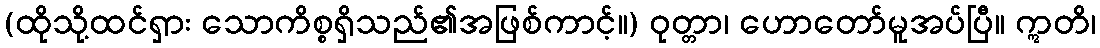
(ထိုသို့ထင်ရှား သောကိစ္စရှိသည်၏အဖြစ်ကာင့်။) ဝုတ္တာ၊ ဟောတော်မူအပ်ပြီ။ ဣတိ၊